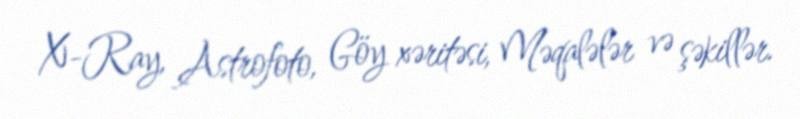
X-Ray, Astrofoto, Göy xəritəsi, Məqalələr və şəkillər.